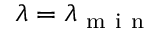
\lambda = \lambda _ { \mathrm { ~ m ~ i ~ n ~ } }